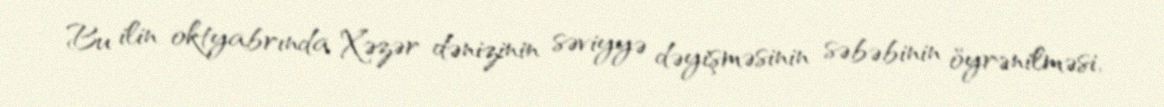
Bu ilin oktyabrında Xəzər dənizinin səviyyə dəyişməsinin səbəbinin öyrənilməsi,